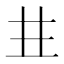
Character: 𠀎